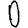
Digit: 0